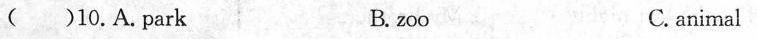
( )10.A.Park B. zoo C. animal